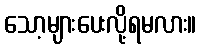
သော့များပေးလို့ရမလား။